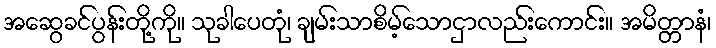
အဆွေခင်ပွန်းတို့ကို။ သုခါပေတုံ၊ ချမ်းသာစိမ့်သောငှာလည်းကောင်း။ အမိတ္တာနံ၊